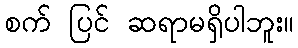
စက် ပြင် ဆရာမရှိပါဘူး။